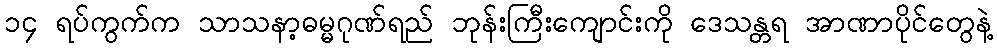
၁၄ ရပ်ကွက်က သာသနာ့ဓမ္မဂုဏ်ရည် ဘုန်းကြီးကျောင်းကို ဒေသန္တရ အာဏာပိုင်တွေနဲ့